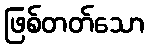
ဖြစ်တတ်သော